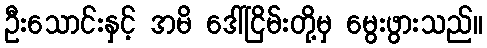
ဦးသောင်းနှင့် အမိ ဒေါ်ငြိမ်းတို့မှ မွေးဖွားသည်။